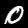
Label: 0